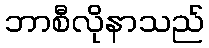
ဘာစီလိုနာသည်